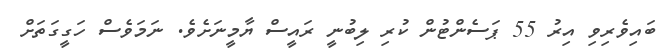
ބައިވެރިވި އިރު 55 ޕަސެންޓުން ކުރި ލިބުނީ ރައީސް ޔާމީނަށެވެ. ނަމަވެސް ހަގީގަތަށް